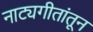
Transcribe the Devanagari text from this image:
नाट्यगीतांतून